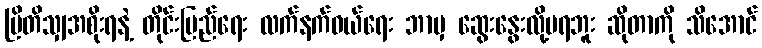
ဗြိတိသျှအစိုးရနဲ့ တိုင်းပြည်ရေး လက်နက်ဝယ်ရေး ဘာမှ ဆွေးနွေးလို့မရဘူး ဆိုတာကို သိအောင်